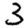
Digit: 3